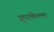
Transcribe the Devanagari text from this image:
सुपरकैल्क